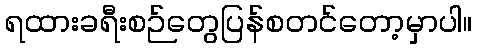
ရထားခရီးစဉ်တွေပြန်စတင်တော့မှာပါ။